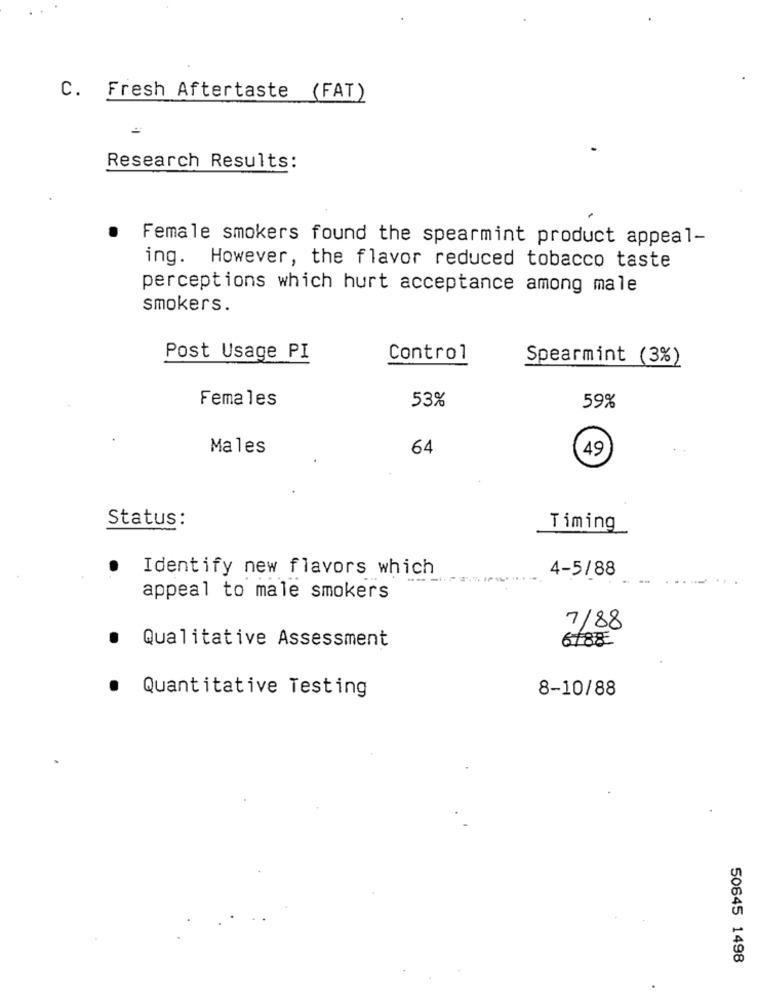
C. Fresh Aftertaste (FAT)
Research Results:
Female smokers found the spearmint product appeal-
ing. However, the flavor reduced tobacco taste
perceptions which hurt acceptance among male
smokers.
Post Usage PI
Control
Spearmint (3%)
Females
53%
59%
Males
64
49
Status:
Timing
Identify new flavors which
-------- "
4-5/88
appeal to male smokers
7/88
Qualitative Assessment
6/88
Quantitative Testing
8-10/88
50645 1498